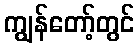
ကျွန်တော့်တွင်